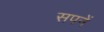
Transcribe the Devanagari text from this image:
सपनें